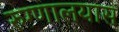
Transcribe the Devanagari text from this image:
रुग्णालयास